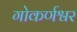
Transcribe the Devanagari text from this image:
गोकर्णश्वर